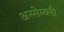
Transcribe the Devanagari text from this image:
अस्सेम्ब्ली